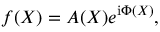
f ( X ) = A ( X ) e ^ { \mathrm { i } \Phi ( X ) } ,